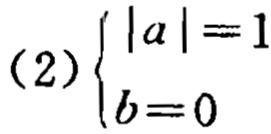
(2) $\begin{cases}
|a| = 1 \\
b = 0
\end{cases}$